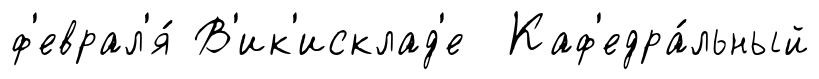
ф'еврал'я́ В'ик'исклад'е Каф'едра́льный